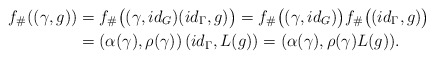
\begin{align*}f_\#((\gamma, g)) &= f_\# \big((\gamma, id_G) (id_\Gamma, g) \big) = f_\# \big((\gamma, id_G)\big) f_\# \big((id_\Gamma, g) \big) \\&= \left(\alpha(\gamma), \rho(\gamma) \right)(id_\Gamma, L(g)) = (\alpha(\gamma), \rho(\gamma)L(g)).\end{align*}